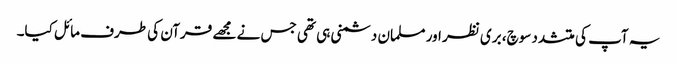
یہ آپ کی متشدد سوچ، بری نظر اور مسلمان دشمنی ہی تھی جس نے مجھے قرآن کی طرف مائل کیا۔